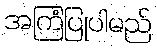
အကြံပြုပါမည်